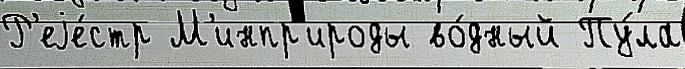
Р'еjе́стр М'инпр'ироды во́дный Пу́ла